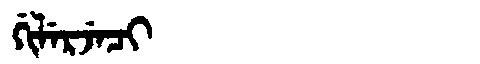
Manchu: ᡤᡳᠯᡝᡵᠵᡝᠴᡳ
Romanization: GILERJECI